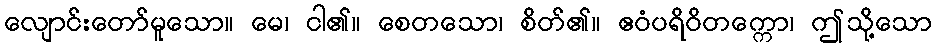
လျောင်းတော်မူသော။ မေ၊ ငါ၏။ စေတသော၊ စိတ်၏။ ဧဝံပရိဝိတက္ကော၊ ဤသို့သော